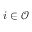
i \in \mathcal { O }